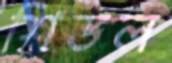
শিডল